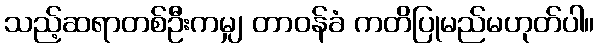
သည့်ဆရာတစ်ဦးကမျှ တာဝန်ခံ ကတိပြုမည်မဟုတ်ပါ။